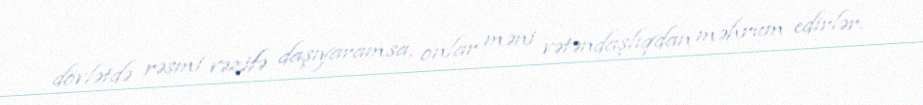
dövlətdə rəsmi vəzifə daşıyaramsa, onlar məni vətəndaşlıqdan məhrum edirlər.